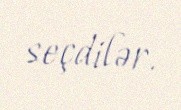
seçdilər.